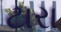
ટારા